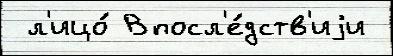
 л'ицо́ Впосл'е́дств'иjи